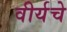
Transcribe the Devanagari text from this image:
वीर्यचे